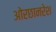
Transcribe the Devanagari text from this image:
ओरछानरेश